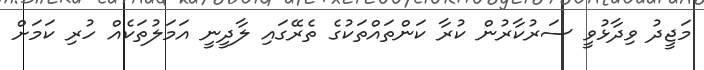
މަޖީދު ވިދާޅުވީ ސަރުކާރުން ކުރާ ކަންތައްތަކުގެ ތެރޭގައި ލާދީނީ އަމަލުތަކެއް ހުރި ކަމަށް